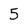
Character: 5